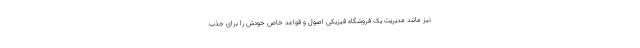
نیز مانند مدیریت یک فروشگاه فیزیکی اصول و قواعد خاص خودش را برای جذب